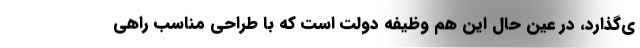
ی‌گذارد، در عین حال این هم وظیفه دولت است که با طراحی مناسب راهی